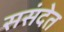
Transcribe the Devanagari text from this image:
ससंदेत